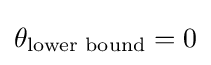
{\theta }_{\text{lower bound}}=0